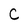
Character: C